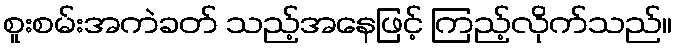
စူးစမ်းအကဲခတ် သည့်အနေဖြင့် ကြည့်လိုက်သည်။